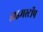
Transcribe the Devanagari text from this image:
डाइमस्टॉप